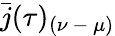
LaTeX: \bar{j}(\tau)_{(\nu\mathrm{~-~}\mu)}